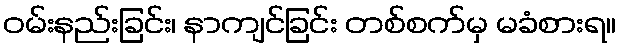
ဝမ်းနည်းခြင်း၊ နာကျင်ခြင်း တစ်စက်မှ မခံစားရ။